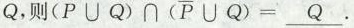
Q，则 $$( P ∪ Q ) ∩ (